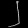
Digit: ၂